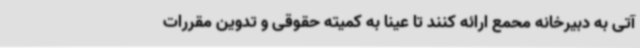
آتی به دبیرخانه محمع ارائه کنند تا عینا به کمیته حقوقی و تدوین مقررات